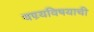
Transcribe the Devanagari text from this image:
वण्र्यविषयाची